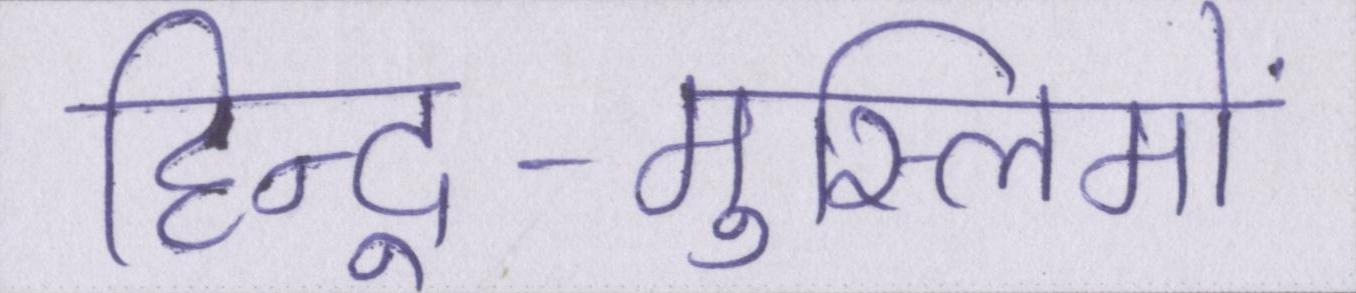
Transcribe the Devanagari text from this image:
हिन्दू-मुस्लिमों